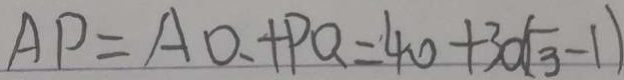
A P = A O + P Q = 4 0 + 3 0 ( \sqrt { 3 } - 1 )